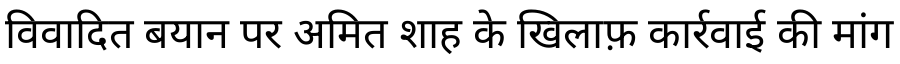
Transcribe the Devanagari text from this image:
विवादित बयान पर अमित शाह के खिलाफ़ कार्रवाई की मांग